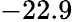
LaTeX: -22.9